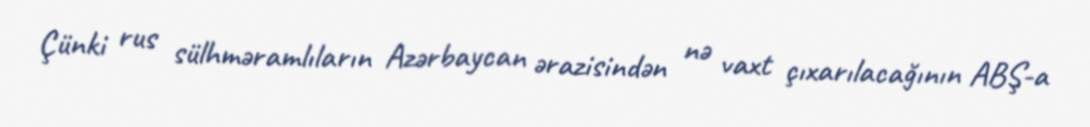
Çünki rus sülhməramlıların Azərbaycan ərazisindən nə vaxt çıxarılacağının ABŞ-a